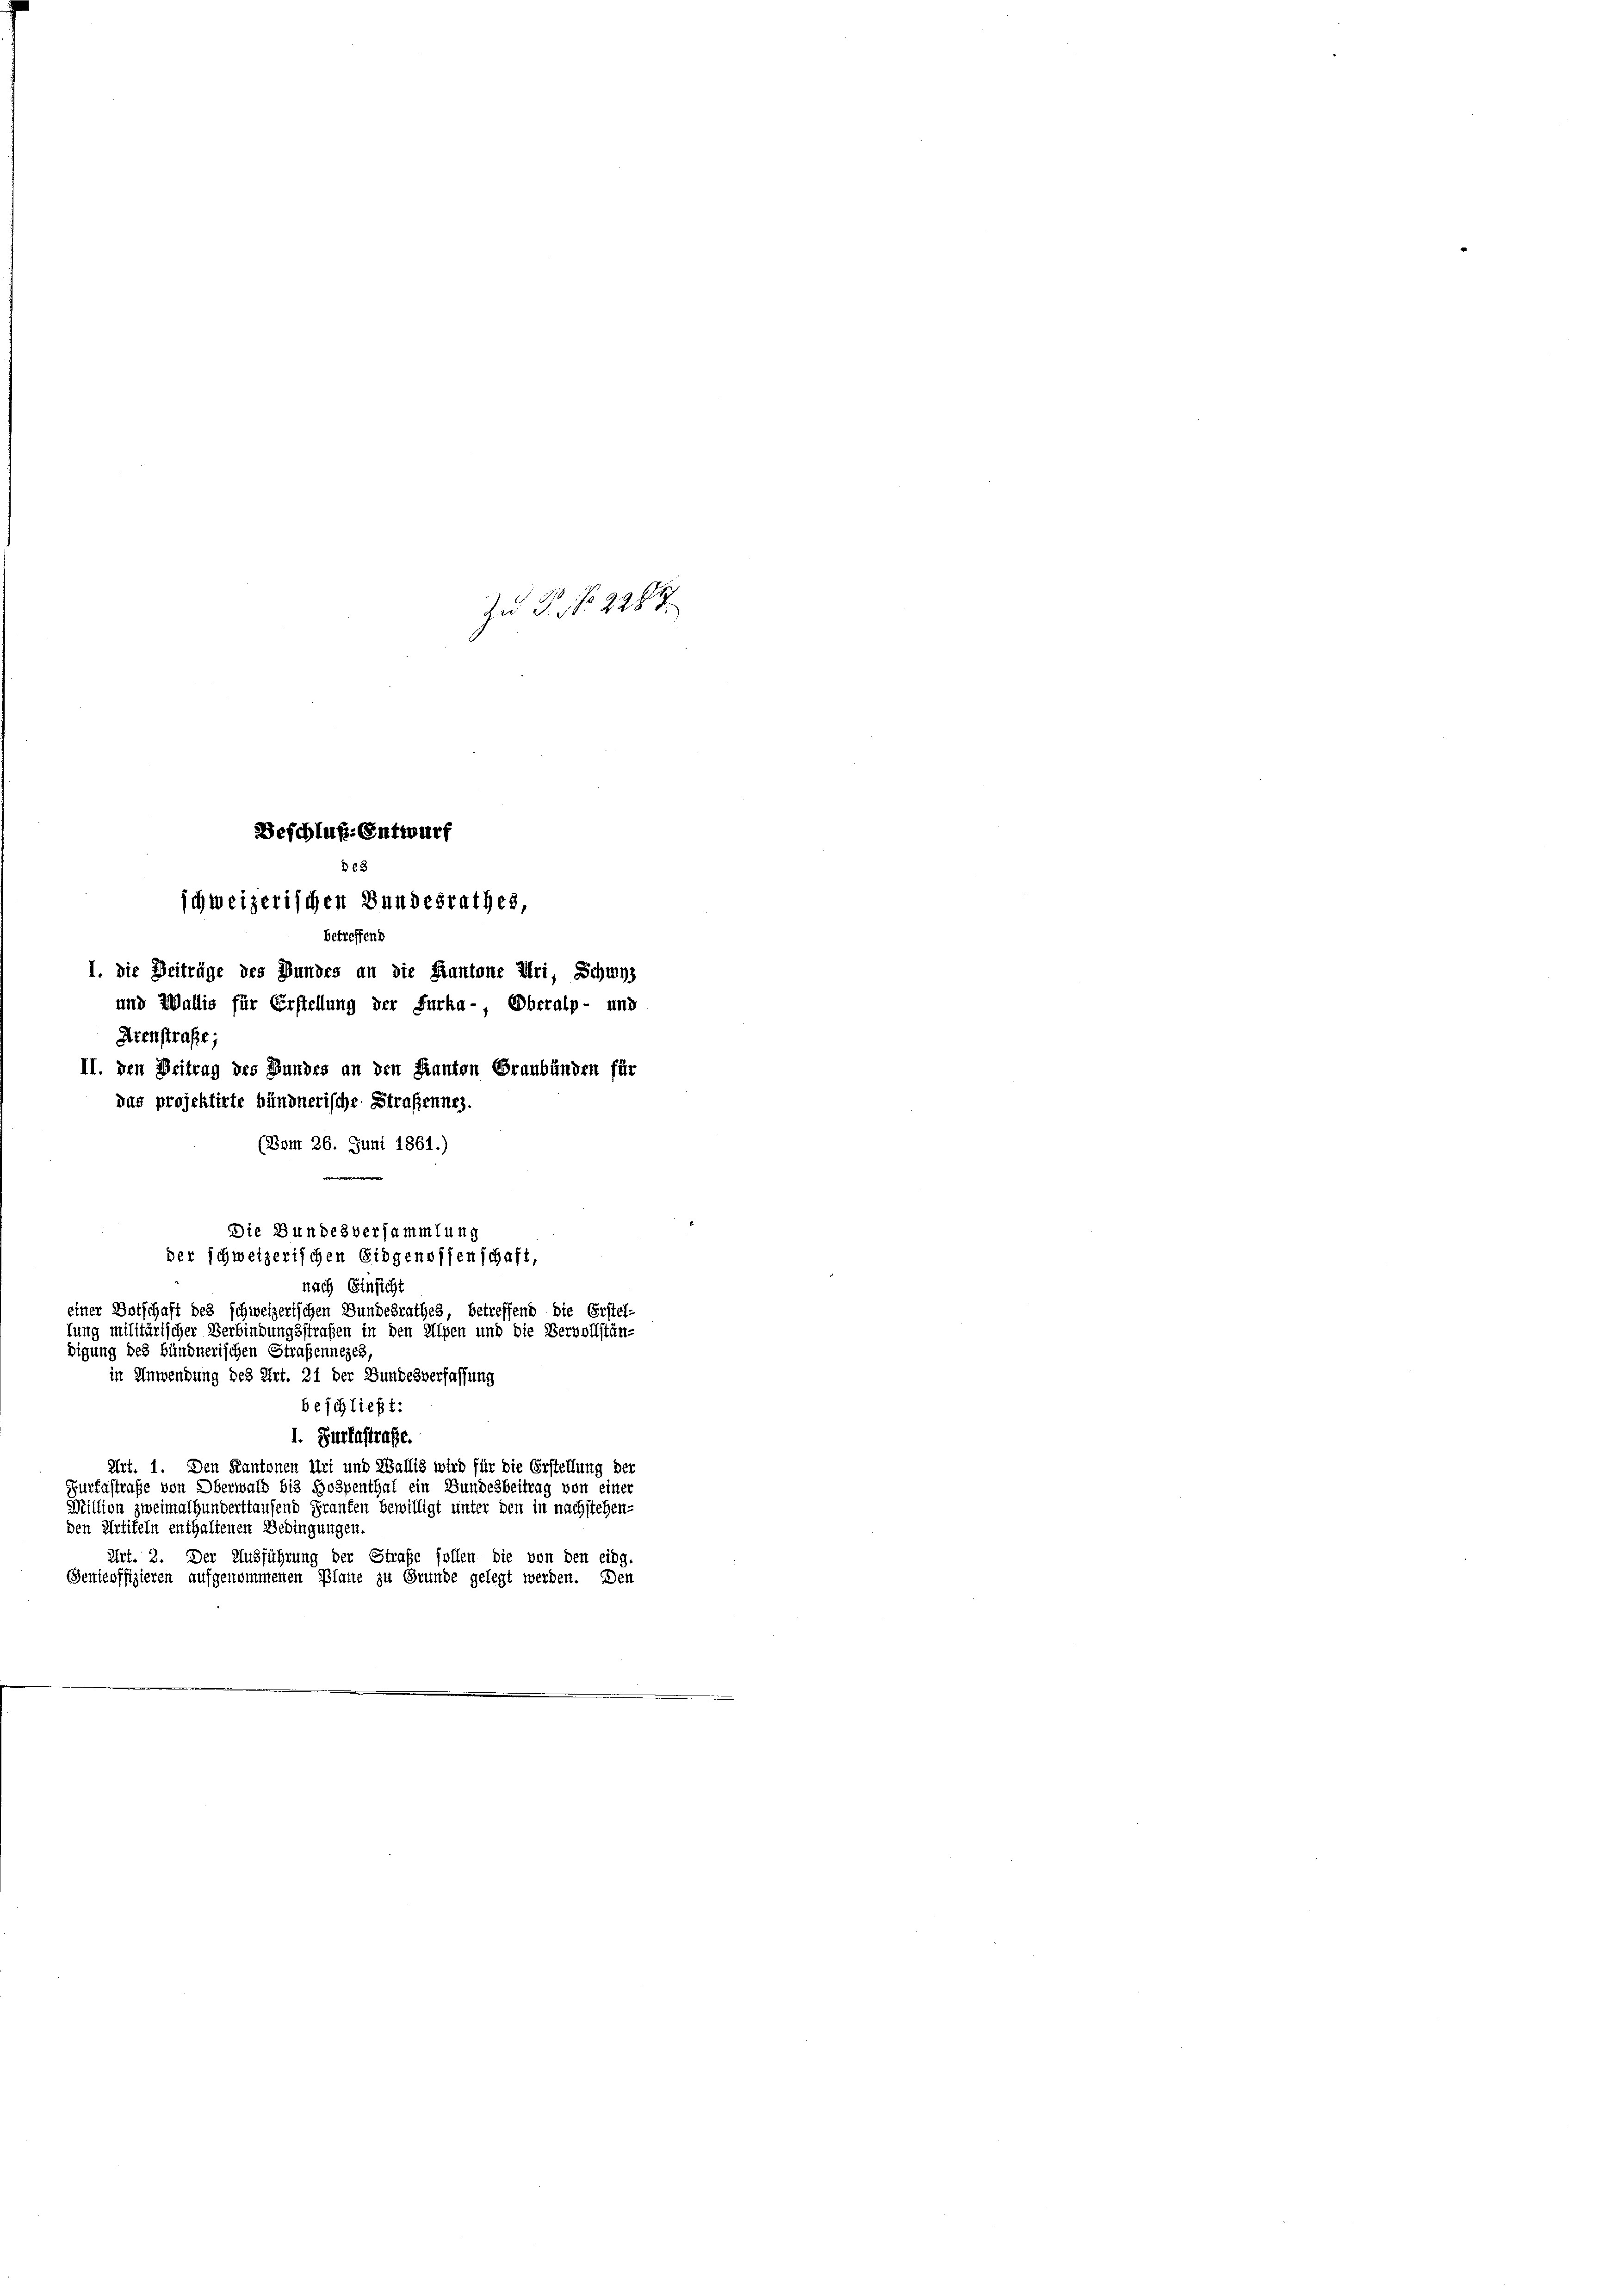
6
schweizerischen Bundesrathes,
betreffend
1. Die Beiträge des Bundes an die Kantone Uri, Schwyz
und Wallis für Erstellung der Furka-, Oberalp- und
Arenstrafe;
II. den Beitrag des Bundes an den Kanton Graubünden für
das projektirte bündnerische Straßennes.
(Vom 26. Juni 1861.)
Die Bundesversammlung
der schweizerischen Eidgenossenschaft,
nach Einsicht
einer Botschaft des schweizerischen Bundesrathes, betreffend die Erstel-
fung militärischer Verbindungsstrafen in den Alpen und die Vervollstän-
digung des bündnerischen Straßenneges,
in Anwendung des Art. 21 der Bundesverfassung
beschließt:
1. Zuriastrafe.
Art. 1. Den Kantonen Uri und Wallig wird für die Erstellung der
Furfastrafe von Oberwald bis Hospenthal ein Bundesbeitrag von einer
Million zweimathunderttausend Fraufen bewilligt unter den in nachstehen-
den Artikeln enthaltenen Bedingungen.
Art. 2. Der Ausführung der Strafe sollen die von den eing-

Beschluß. Entwurf

Senicoffizieren aufgenommenen Plane zu Grunde gelegt werden. Den

Zu P. Nr. 2284.